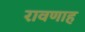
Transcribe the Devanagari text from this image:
रावणाह